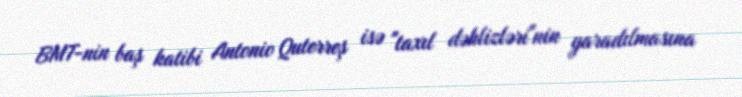
BMT-nin baş katibi Antonio Quterreş isə "taxıl dəhlizləri"nin yaradılmasına